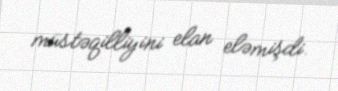
müstəqilliyini elan eləmişdi.